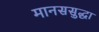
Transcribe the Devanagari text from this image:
मानससुद्धा